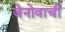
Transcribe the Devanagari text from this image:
जेनोवाची